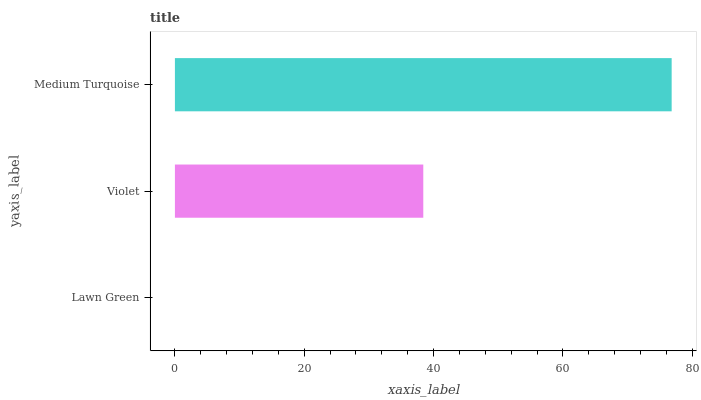
| yaxis_label | bars |
 | --- | --- |
 | Lawn Green | 0 |
 | Violet | 38.4 |
 | Medium Turquoise | 76.8 |